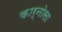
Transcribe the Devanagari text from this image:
कार्नोसा